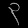
Digit: ၃